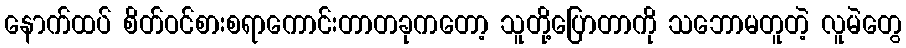
နောက်ထပ် စိတ်ဝင်စားစရာကောင်းတာတခုကတော့ သူတို့ပြောတာကို သဘောမတူတဲ့ လူမဲတွေ